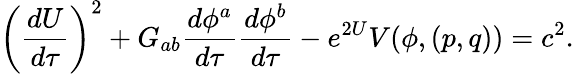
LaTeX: \left({\frac{dU}{d\tau}}\right)^{2}+G_{ab}{\frac{d\phi^{a}}{d\tau}}{\frac{d\phi^{b}}{d\tau}}-e^{2U}V(\phi,(p,q))=c^{2}.